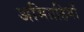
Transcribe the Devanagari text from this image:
अभिग्रहियों